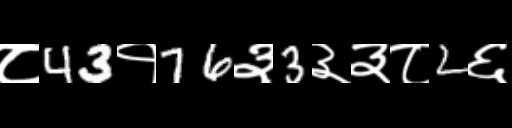
Text: ८43१76३3३३८2६